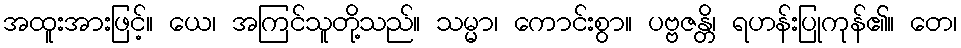
အထူးအားဖြင့်။ ယေ၊ အကြင်သူတို့သည်။ သမ္မာ၊ ကောင်းစွာ။ ပဗ္ဗဇန္တိ၊ ရဟန်းပြုကုန်၏။ တေ၊